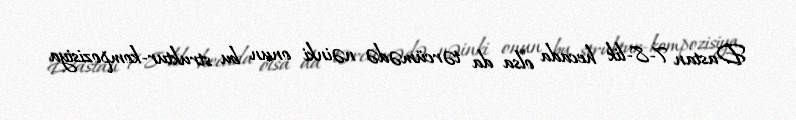
Dastan 7-8-lik hecada olsa da tərcümədə nəinki onun bu struktur-kompozisiya